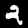
Label: 2